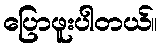
ပြောဖူးပါတယ်။